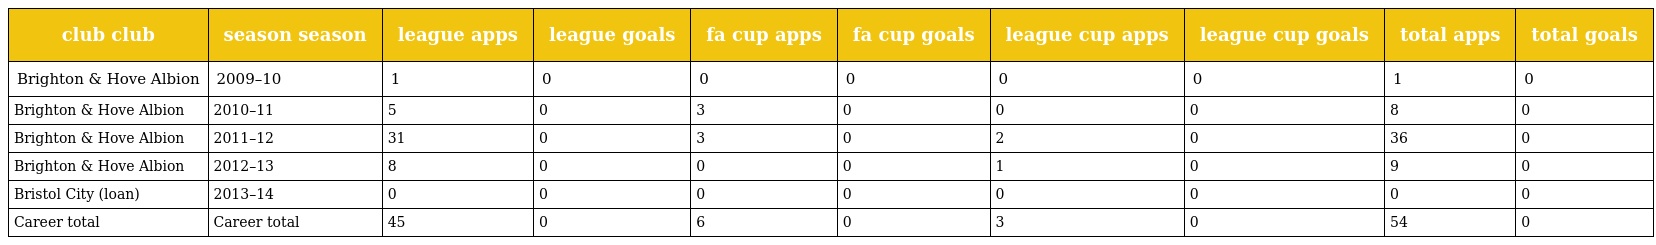
| club club | season season | league apps | league goals | fa cup apps | fa cup goals | league cup apps | league cup goals | total apps | total goals |
 | --- | --- | --- | --- | --- | --- | --- | --- | --- | --- |
 | Brighton & Hove Albion | 2009–10 | 1 | 0 | 0 | 0 | 0 | 0 | 1 | 0 |
 | Brighton & Hove Albion | 2010–11 | 5 | 0 | 3 | 0 | 0 | 0 | 8 | 0 |
 | Brighton & Hove Albion | 2011–12 | 31 | 0 | 3 | 0 | 2 | 0 | 36 | 0 |
 | Brighton & Hove Albion | 2012–13 | 8 | 0 | 0 | 0 | 1 | 0 | 9 | 0 |
 | Bristol City (loan) | 2013–14 | 0 | 0 | 0 | 0 | 0 | 0 | 0 | 0 |
 | Career total | Career total | 45 | 0 | 6 | 0 | 3 | 0 | 54 | 0 |